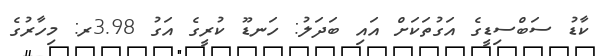
ކާޑު ސަބްސިޑީގެ އަގުތަކަށް އައި ބަދަލު: ހަނޑޫ ކުރީގެ އަގު 3.98ރ: މިހާރުގެ